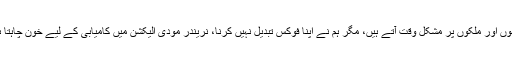
قوموں اور ملکوں پر مشکل وقت آتے ہیں، مگر ہم نے اپنا فوکس تبدیل نہیں کرنا، نریندر مودی الیکشن میں کامیابی کے لیے خون چاہتا ہے۔